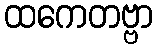
ထကေတဗ္ဗာ